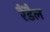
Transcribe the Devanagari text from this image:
रैंडैल